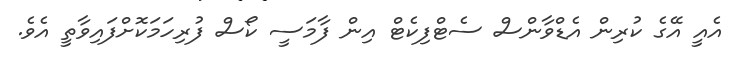
އެއީ އޭގެ ކުރިން އެޑްވާންސް ސެޓްފިކެޓް އިން ފާމަސީ ކޯސް ފުރިހަމަކޮށްފައިވާތީ އެވެ.